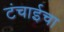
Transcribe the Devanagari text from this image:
टंचाईचा